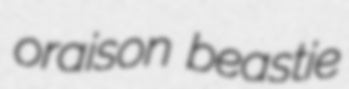
oraison beastie